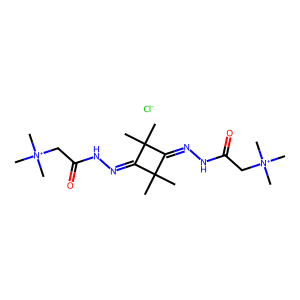
SMILES: CC1(C)C(=NNC(=O)C[N+](C)(C)C)C(C)(C)C1=NNC(=O)C[N+](C)(C)C.[Cl-]
Inhibits HIV replication: No